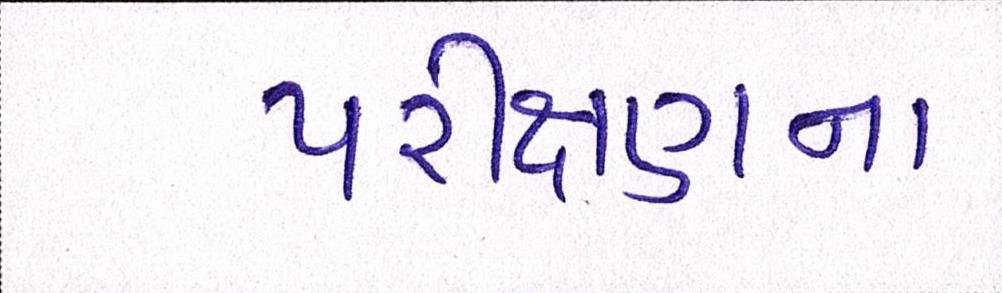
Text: પરીક્ષણના